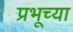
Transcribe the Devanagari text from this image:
प्रभूच्या